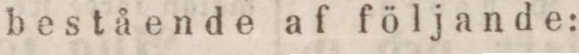
bestående af följande: